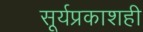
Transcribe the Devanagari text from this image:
सूर्यप्रकाशही